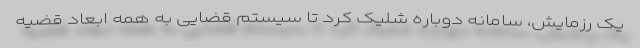
یک رزمایش، سامانه دوباره شلیک کرد تا سیستم قضایی به همه ابعاد قضیه